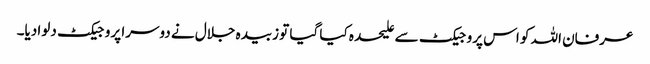
عرفان اللہ کو اس پروجیکٹ سے علیحدہ کیا گیا تو زبیدہ جلال نے دوسرا پروجیکٹ دلوا دیا۔